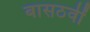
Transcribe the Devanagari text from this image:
बासठवीं